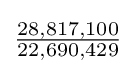
{\tfrac {28,817,100}{22,690,429}}